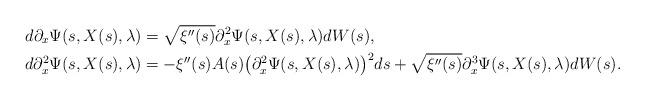
LaTeX: \begin{align*}d\partial_x\Psi(s,X(s),\lambda)&=\sqrt{\xi''(s)}\partial_{x}^2\Psi(s,X(s),\lambda)dW(s),\\d\partial_{x}^2\Psi(s,X(s),\lambda)&=-\xi''(s)A(s)\bigl(\partial_{x}^2\Psi(s,X(s),\lambda)\bigr)^2ds+\sqrt{\xi''(s)}\partial_{x}^3\Psi(s,X(s),\lambda)dW(s).\end{align*}